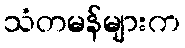
သံတမန်များက